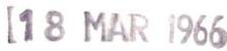
18 MAR 1966